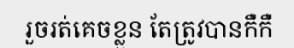
រួចរត់គេចខ្លួន តែត្រូវបានកឺកឺ